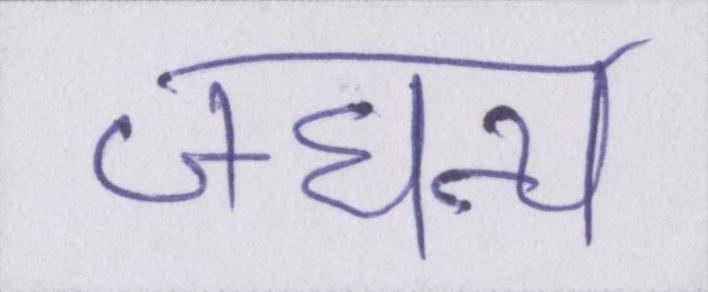
जघन्य